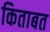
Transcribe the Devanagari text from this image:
किताबत